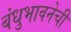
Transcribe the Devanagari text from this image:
बंधुभावनेची